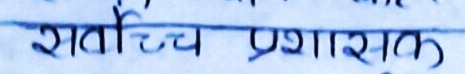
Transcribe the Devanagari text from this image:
शताच्च प्रशासक